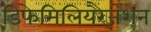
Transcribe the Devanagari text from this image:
डिफेमिलियरैज़ेशन